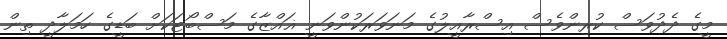
މީގެ ދެދުވަސް ކުރިންވެސް އިސްރާއީލުގެ މަނަވަރަކުންވަނީ ޣައްޒާގެ މަސްބޯޓަކަށް ބަޑީގެ ހަމަލާދީ ތިން